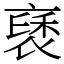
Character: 褎